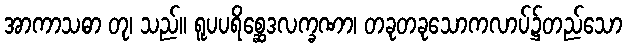
အာကာသဓာ တု၊ သည်။ ရူပပရိစ္ဆေဒလက္ခဏာ၊ တခုတခုသောကလာပ်၌တည်သော